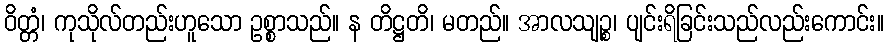
ဝိတ္တံ၊ ကုသိုလ်တည်းဟူသော ဥစ္စာသည်။ န တိဋ္ဌတိ၊ မတည်။ အာလသျဉ္စ၊ ပျင်းရိခြင်းသည်လည်းကောင်း။